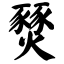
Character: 燹